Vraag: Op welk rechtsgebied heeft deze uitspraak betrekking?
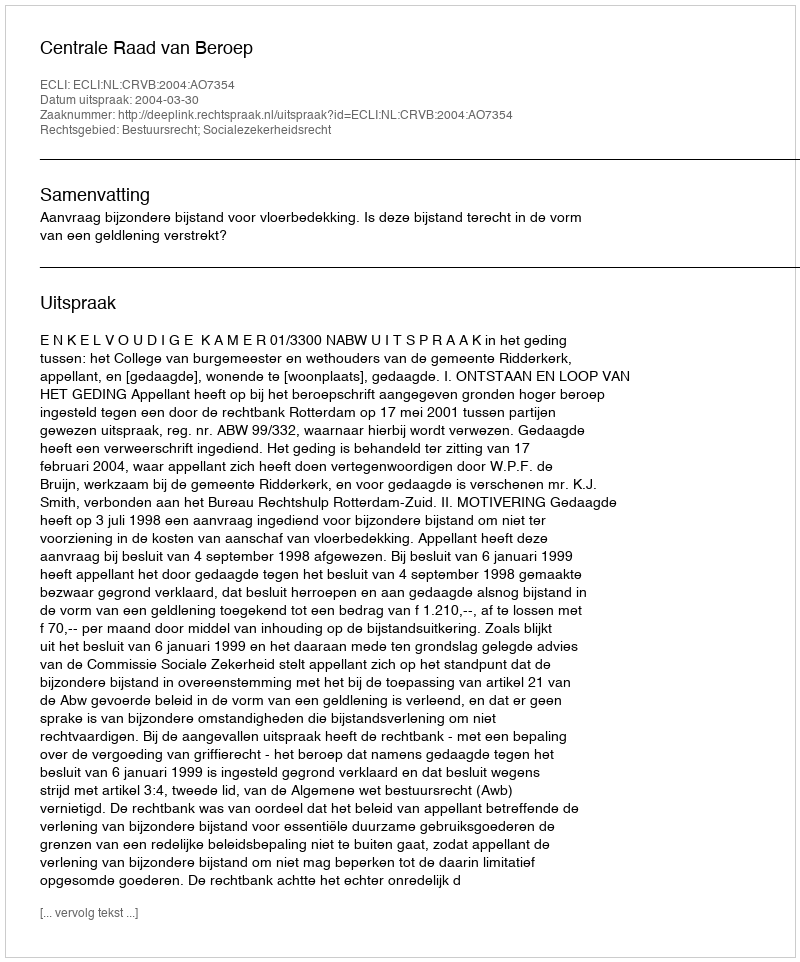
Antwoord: Bestuursrecht; Socialezekerheidsrecht